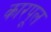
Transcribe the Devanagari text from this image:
कारपूल